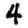
Digit: 4